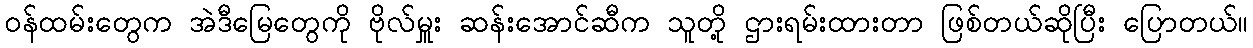
ဝန်ထမ်းတွေက အဲဒီမြေတွေကို ဗိုလ်မှူး ဆန်းအောင်ဆီက သူတို့ ဌားရမ်းထားတာ ဖြစ်တယ်ဆိုပြီး ပြောတယ်။